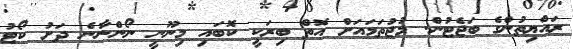
ރައްޔިތުންގެ ބަޖެޓުން. މުޖުތަމައަށް އޮތް ބިރަކީ ކޮބައި މިނޫނީ ނޯންނާނެ ދަށު ކޯޓު